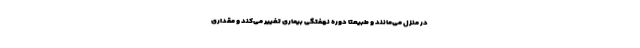
در منزل می‌مانند و طبیعتا دوره نهفتگی بیماری تغییر می‌کند و مقداری